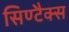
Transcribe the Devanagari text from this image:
सिण्टैक्स